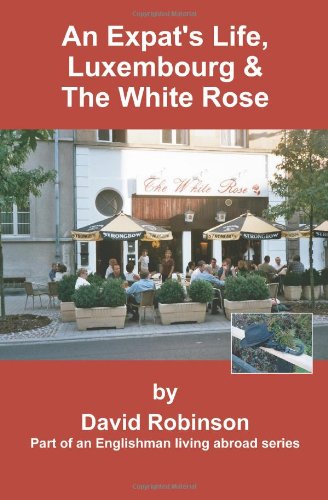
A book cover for An Expat's Life, Luxembourg & The White Rose: Part of an Englishman Living Abroad Series; David Robinson; Travel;